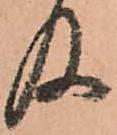
及